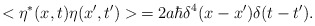
\begin{align*}< \eta^{*} (x,t) \eta (x',t') > \, = 2a \hbar \delta^4 (x-x') \delta (t-t') .\end{align*}